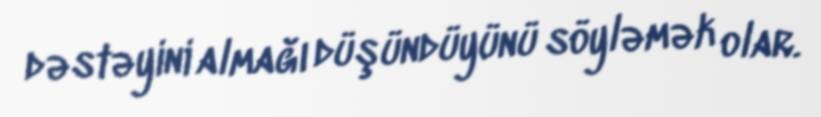
dəstəyini almağı düşündüyünü söyləmək olar.